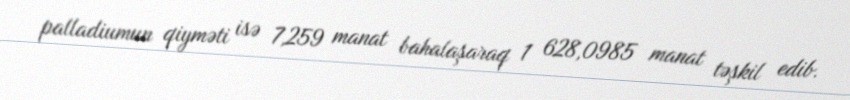
palladiumun qiyməti isə 7,259 manat bahalaşaraq 1 628,0985 manat təşkil edib.